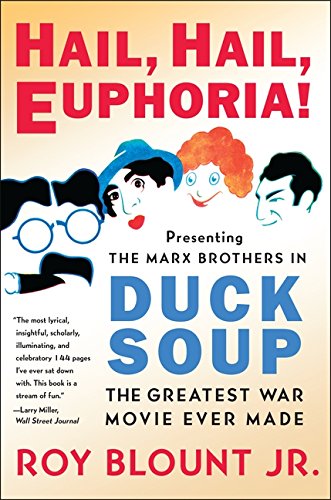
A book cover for Hail, Hail, Euphoria!: Presenting the Marx Brothers in Duck Soup, the Greatest War Movie Ever Made; Roy, Jr. Blount; Arts & Photography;